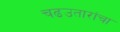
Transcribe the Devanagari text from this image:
चढउतारांचा